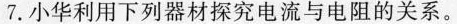
7.小华利用下列器材探究电流与电阻的关系。